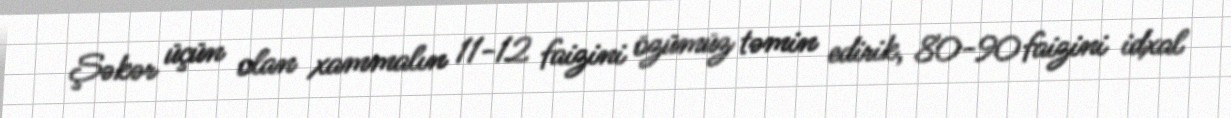
Şəkər üçün olan xammalın 11-12 faizini özümüz təmin edirik, 80-90 faizini idxal